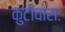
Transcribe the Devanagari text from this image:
कुटीवासः